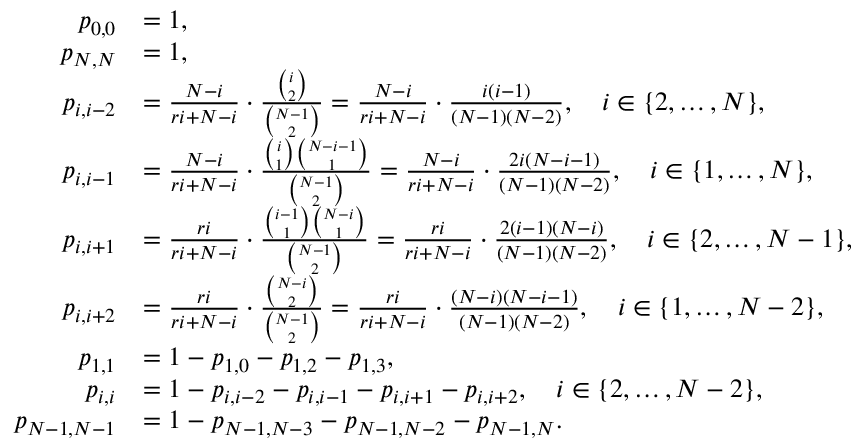
\begin{array} { r l } { p _ { 0 , 0 } } & { = 1 , } \\ { p _ { N , N } } & { = 1 , } \\ { p _ { i , i - 2 } } & { = \frac { N - i } { r i + N - i } \cdot \frac { \binom { i } { 2 } } { \binom { N - 1 } { 2 } } = \frac { N - i } { r i + N - i } \cdot \frac { i ( i - 1 ) } { ( N - 1 ) ( N - 2 ) } , \quad i \in \{ 2 , \ldots , N \} , } \\ { p _ { i , i - 1 } } & { = \frac { N - i } { r i + N - i } \cdot \frac { \binom { i } { 1 } \binom { N - i - 1 } { 1 } } { \binom { N - 1 } { 2 } } = \frac { N - i } { r i + N - i } \cdot \frac { 2 i ( N - i - 1 ) } { ( N - 1 ) ( N - 2 ) } , \quad i \in \{ 1 , \ldots , N \} , } \\ { p _ { i , i + 1 } } & { = \frac { r i } { r i + N - i } \cdot \frac { \binom { i - 1 } { 1 } \binom { N - i } { 1 } } { \binom { N - 1 } { 2 } } = \frac { r i } { r i + N - i } \cdot \frac { 2 ( i - 1 ) ( N - i ) } { ( N - 1 ) ( N - 2 ) } , \quad i \in \{ 2 , \ldots , N - 1 \} , } \\ { p _ { i , i + 2 } } & { = \frac { r i } { r i + N - i } \cdot \frac { \binom { N - i } { 2 } } { \binom { N - 1 } { 2 } } = \frac { r i } { r i + N - i } \cdot \frac { ( N - i ) ( N - i - 1 ) } { ( N - 1 ) ( N - 2 ) } , \quad i \in \{ 1 , \ldots , N - 2 \} , } \\ { p _ { 1 , 1 } } & { = 1 - p _ { 1 , 0 } - p _ { 1 , 2 } - p _ { 1 , 3 } , } \\ { p _ { i , i } } & { = 1 - p _ { i , i - 2 } - p _ { i , i - 1 } - p _ { i , i + 1 } - p _ { i , i + 2 } , \quad i \in \{ 2 , \ldots , N - 2 \} , } \\ { p _ { N - 1 , N - 1 } } & { = 1 - p _ { N - 1 , N - 3 } - p _ { N - 1 , N - 2 } - p _ { N - 1 , N } . } \end{array}